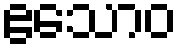
ဧသောဝ